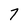
Character: 7